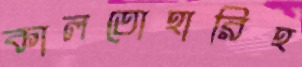
কালতোহারিহ